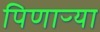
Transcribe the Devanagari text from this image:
पिणाऱ्या